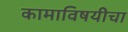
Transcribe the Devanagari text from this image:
कामाविषयीचा